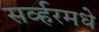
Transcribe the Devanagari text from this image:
सर्व्हरमधे